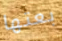
بعتها